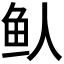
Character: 𬶁